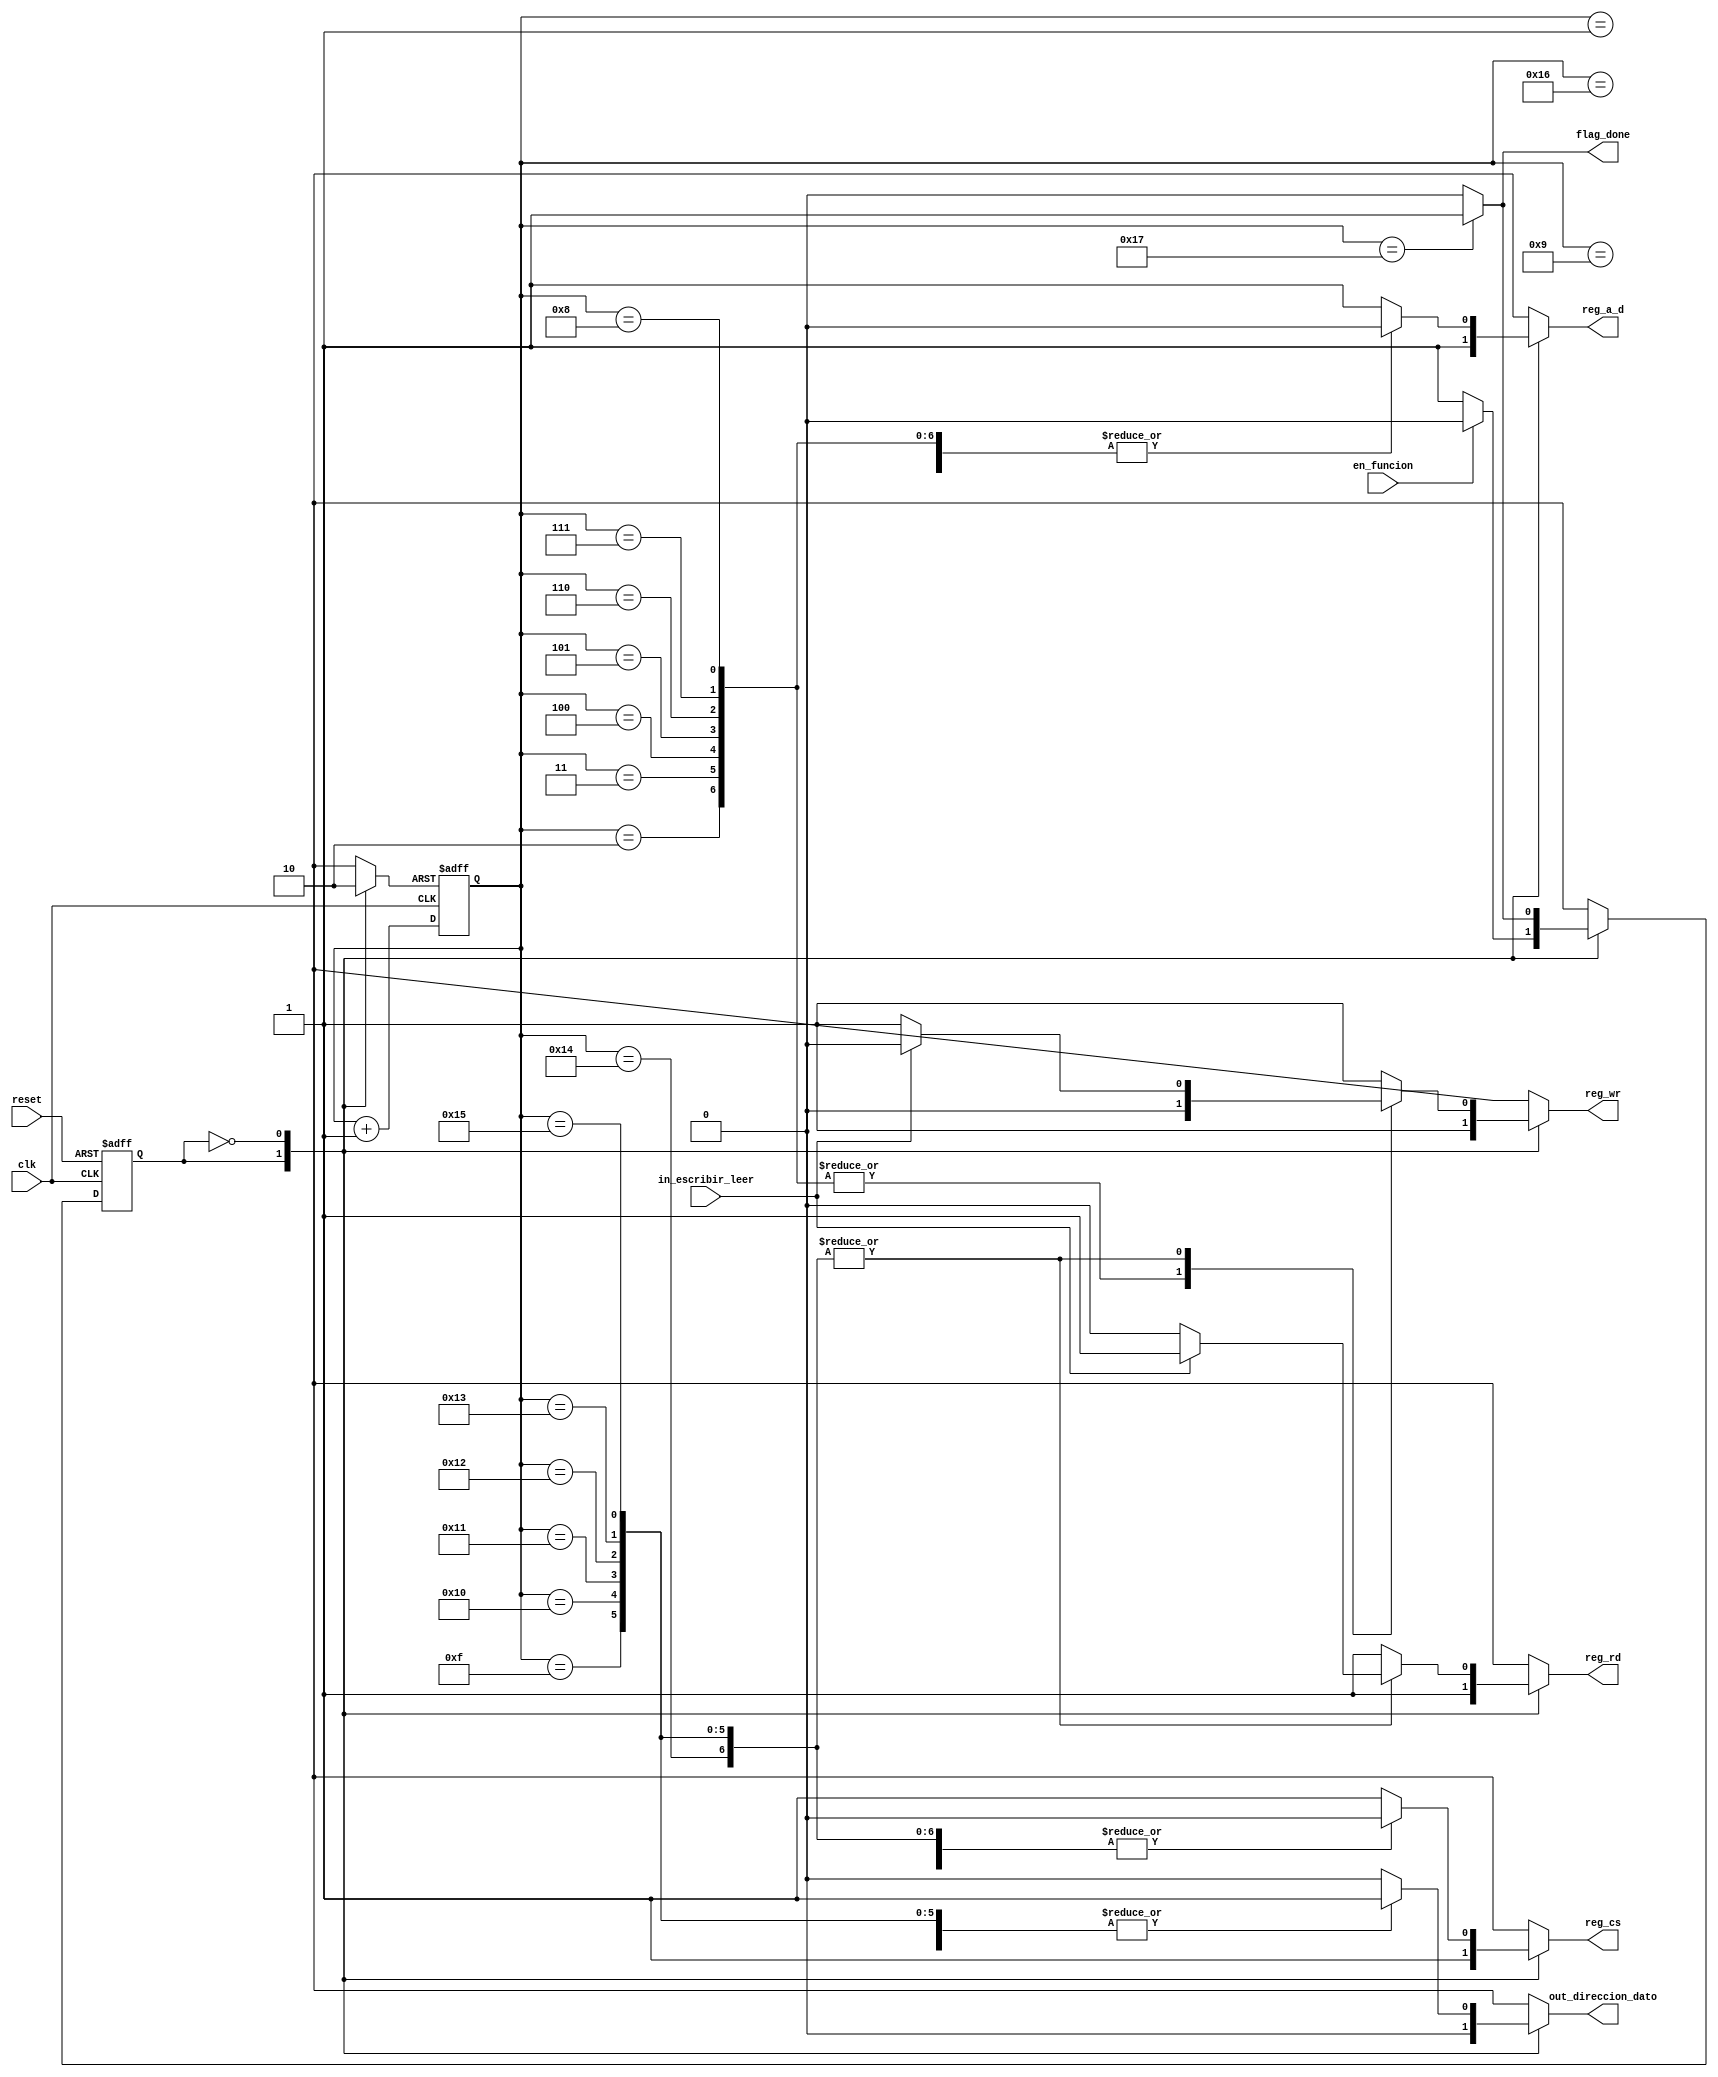
`timescale 1ns / 1ps
//////////////////////////////////////////////////////////////////////////////////
// Company: 
// 
// Design Name: 
// Module Name:    signal_control_rtc_generator 
// Project Name: 
// Target Devices: 
// Tool versions: 
// Description: 
//
// Dependencies: 
//
// Revision: 
// Revision 0.01 - File Created
// Additional Comments: 
//
//////////////////////////////////////////////////////////////////////////////////
module signal_control_rtc_generator(
	input wire clk,
	input wire reset,
	input wire in_escribir_leer,
	input wire en_funcion,
	output reg reg_a_d, //Senales de control RTC
	output reg reg_cs,
	output reg reg_wr,
	output reg reg_rd,
	output reg out_direccion_dato,
	output wire flag_done
	  
    ); 
/////parametros de estado
localparam
espera = 1'b1,
leer_escribir = 1'b0;
	 
// Bits del contador para generar una seal peridica de (2^N)*10ns
localparam N = 5;


// Declaracin de seales
reg [N-1:0] q_reg;
reg [N-1:0] q_next;
reg state_reg, state_next;
reg reset_count;

//Descripcin del comportamiento

//=============================================
// Contador para generar un pulso de(2^N)*10ns
//=============================================
always @(posedge clk, posedge reset_count)
begin
    if (reset_count) q_reg <= 0;
	 else  q_reg <= q_next;	 
end
always@*
begin
q_next <= q_reg + 1'b1;
end



// Pulso de salida
assign flag_done = (q_reg == 23) ? 1'b1 : 1'b0;//Tbandera fin de proseso

 
///logica secuencial
always @(posedge clk, posedge reset)
begin
  if (reset)
     state_reg <= espera;
  else
     state_reg <= state_next;
end

// Lgica de estado siguiente y salida
  always@*
   begin
	state_next = state_reg;  // default state: the same
	case(state_reg)
	espera:
	
		begin
			reg_a_d = 1'b1;
			reg_cs = 1'b1;
			reg_wr = 1'b1;
			reg_rd = 1'b1;
			out_direccion_dato = 1'b0;
			reset_count = 1'b1;
			if(en_funcion) state_next = leer_escribir;
			else state_next = espera;
		end
		
	leer_escribir:
	begin
	reset_count = 1'b0;
	//Proseso de lectura_escritura	
	case(q_reg)
		5'd0: begin //inicia 
			reg_a_d = 1'b1;
			reg_cs = 1'b1;
			reg_rd = 1'b1;
			reg_wr = 1'b1;
			out_direccion_dato = 1'b0;
		end 
		5'd1: begin // baja salida a_d
			reg_a_d = 1'b0;
			reg_cs = 1'b1;
			reg_wr = 1'b1;
			reg_rd = 1'b1;
			out_direccion_dato = 1'b0;
		end
		
		5'd2: begin// baja cs con wr o rd incio de manipulacion del bis de datos
			reg_a_d = 1'b0;
			reg_cs = 1'b0;
			reg_wr = 1'b0;
			reg_rd = 1'b1;
			out_direccion_dato = 1'b0;
			end
		5'd3: begin
			reg_a_d = 1'b0;
			reg_cs = 1'b0;
			reg_wr = 1'b0;
			reg_rd = 1'b1;
			out_direccion_dato = 1'b0;
		end
		5'd4: begin
			reg_a_d = 1'b0;
			reg_cs = 1'b0;
			reg_wr = 1'b0;
			reg_rd = 1'b1;
			out_direccion_dato = 1'b0;
			end
		5'd5: begin
			reg_a_d = 1'b0;
			reg_cs = 1'b0;
			reg_wr = 1'b0;
			reg_rd = 1'b1;
			out_direccion_dato = 1'b0;
			end
		5'd6: begin
			reg_a_d = 1'b0;
			reg_cs = 1'b0;
			reg_wr = 1'b0;
			reg_rd = 1'b1;
			out_direccion_dato = 1'b0;
		end
		5'd7: begin
			reg_a_d = 1'b0;
			reg_cs = 1'b0;
			reg_wr = 1'b0;
			reg_rd = 1'b1;
			out_direccion_dato = 1'b0;
		end
		
		5'd8: begin
			reg_a_d = 1'b0;
			reg_cs = 1'b0;
			reg_wr = 1'b0;
			reg_rd = 1'b1;
			out_direccion_dato = 1'b0;
			end
			
		5'd9:begin 
			reg_a_d = 1'b0;
			reg_cs = 1'b1;
			reg_wr = 1'b1;
			reg_rd = 1'b1;
			out_direccion_dato = 1'b0;
		end
		5'd10: begin
			reg_a_d = 1'b1;
			reg_cs = 1'b1;
			reg_wr = 1'b1;
			reg_rd = 1'b1;
			out_direccion_dato = 1'b0;
		end
		5'd11: begin
			reg_a_d = 1'b1;
			reg_cs = 1'b1;
			reg_wr = 1'b1;
			reg_rd = 1'b1;
			out_direccion_dato = 1'b0;
		end
		5'd12: begin
			reg_a_d = 1'b1;
			reg_cs = 1'b1;
			reg_wr = 1'b1;
			reg_rd = 1'b1;
			out_direccion_dato = 1'b0;
		end
		5'd13: begin
			reg_a_d = 1'b1;
			reg_cs = 1'b1;
			reg_wr = 1'b1;
			reg_rd = 1'b1;
			out_direccion_dato = 1'b0;
			end
		5'd14: begin
			reg_a_d = 1'b1;
			reg_cs = 1'b1;
			reg_wr = 1'b1;
			reg_rd = 1'b1;
			out_direccion_dato = 1'b0;
		end
		5'd15: begin
			reg_a_d = 1'b1;
			out_direccion_dato = 1'b1;
			if (in_escribir_leer)begin
			reg_cs = 1'b0;
			reg_wr = 1'b0;
			reg_rd = 1'b1;
			end
			else begin
			reg_cs = 1'b0;
			reg_wr = 1'b1;
			reg_rd = 1'b0;
		end
		end
		5'd16:begin
			reg_a_d = 1'b1;
			out_direccion_dato = 1'b1;
			if (in_escribir_leer)begin
			reg_cs = 1'b0;
			reg_wr = 1'b0;
			reg_rd = 1'b1;
			end
			else begin
			reg_cs = 1'b0;
			reg_wr = 1'b1;
			reg_rd = 1'b0;
		end
		end
		5'd17:begin
			reg_a_d = 1'b1;
			out_direccion_dato = 1'b1;
			if (in_escribir_leer)begin
			reg_cs = 1'b0;
			reg_wr = 1'b0;
			reg_rd = 1'b1;
			end
			else begin
			reg_cs = 1'b0;
			reg_wr = 1'b1;
			reg_rd = 1'b0;
			end
		end
		5'd18:begin
			reg_a_d = 1'b1;
			out_direccion_dato = 1'b1;
			if (in_escribir_leer)begin
			reg_cs = 1'b0;
			reg_wr = 1'b0;
			reg_rd = 1'b1;
			end
			else begin
			reg_cs = 1'b0;
			reg_wr = 1'b1;
			reg_rd = 1'b0;
			end
		end
		5'd19: begin
			reg_a_d = 1'b1;
			out_direccion_dato = 1'b1;
			if (in_escribir_leer)begin
			reg_cs = 1'b0;
			reg_wr = 1'b0;
			reg_rd = 1'b1;
			end
			else begin
			reg_cs = 1'b0;
			reg_wr = 1'b1;
			reg_rd = 1'b0;
		end
		end
		5'd20: begin
			reg_a_d = 1'b1;
			out_direccion_dato = 1'b1;
			if (in_escribir_leer)begin
			reg_cs = 1'b0;
			reg_wr = 1'b0;
			reg_rd = 1'b1;
			end
			else begin
			reg_cs = 1'b0;
			reg_wr = 1'b1;
			reg_rd = 1'b0;
		end
		end
		5'd21: begin
			reg_a_d = 1'b1;
			out_direccion_dato = 1'b1;
			if (in_escribir_leer)begin
			reg_cs = 1'b0;
			reg_wr = 1'b0;
			reg_rd = 1'b1;
			end
			else begin
			reg_cs = 1'b0;
			reg_wr = 1'b1;
			reg_rd = 1'b0;
		end end
		
		5'd22: begin reg_a_d = 1'b1;
			reg_cs = 1'b1;
			reg_wr = 1'b1;
			reg_rd = 1'b1;
			out_direccion_dato = 1'b1;
			end
		5'd23:
		begin reg_a_d = 1'b1;
			reg_cs = 1'b1;
			reg_wr = 1'b1;
			reg_rd = 1'b1; 
			out_direccion_dato = 1'b0;
			state_next = espera;
		end
		 
		default: begin 
		state_next = leer_escribir;
		reg_a_d = 1'b1;
		reg_cs =  1'b1;
		reg_rd =  1'b1;
		reg_wr =  1'b1;
		out_direccion_dato =  1'b0;
		end 
		endcase	 
	end
	default: begin
	state_next = espera;
	reg_cs = 1'd1;
	reg_a_d = 1'd1;
	reg_wr = 1'd1;
	reg_rd = 1'd1;
	out_direccion_dato = 1'd0;
	end
	endcase
	
   end



endmodule